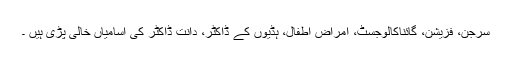
سرجن، فزیشن، گائناکالوجسٹ، امراض اطفال، ہڈیوں کے ڈاکٹر، دانت ڈاکٹر کی اسامیاں خالی پڑی ہیں ۔